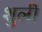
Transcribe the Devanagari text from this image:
शुली